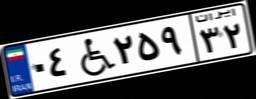
۶۲W۵۹۴۰۷